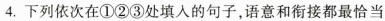
4.下列依次在①②③处填入的句子，语意和衔接都最恰当